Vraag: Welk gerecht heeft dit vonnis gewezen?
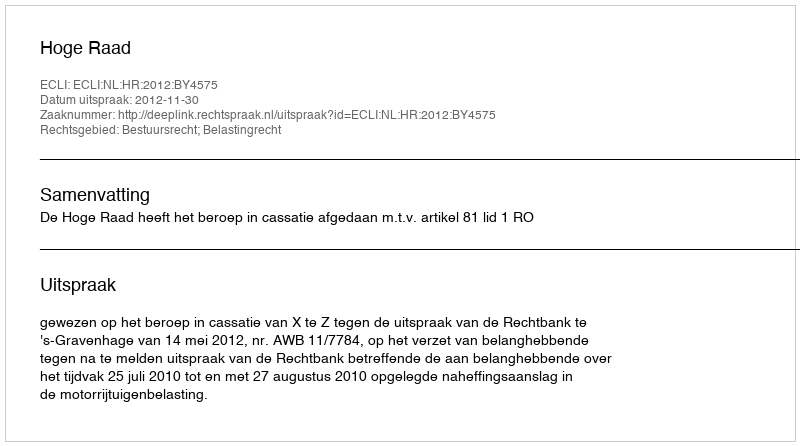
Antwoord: Hoge Raad